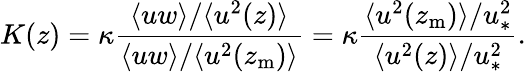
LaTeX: K(z)=\kappa\frac{\langle uw\rangle/\langle u^{2}(z)\rangle}{\langle uw\rangle/\langle u^{2}(z_{\mathrm{m}})\rangle}=\kappa\frac{\langle u^{2}(z_{\mathrm{m}})\rangle/u_{\ast}^{2}}{\langle u^{2}(z)\rangle/u_{\ast}^{2}}.